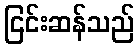
ငြင်းဆန်သည်